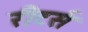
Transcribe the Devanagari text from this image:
रीटर्स